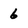
Character: 6